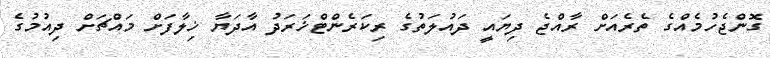
ގޮންޖެހުމެއްގެ ތެރެއަށް ރާއްޖެ ދިޔައީ ދައުލަތުގެ ރިކަރެންޓްޚަރަދު އާދަޔާ ޚިލާފަށް މައްޗަށް ދިއުމުގެ